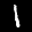
Label: 1